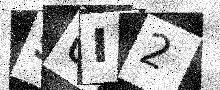
Text: S0I2